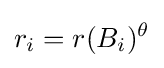
r_{i}=r(B_{i})^{\theta }